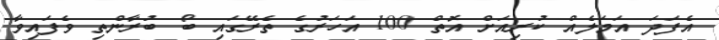
އެފަދަ އަމަލެއް ކުރިއަށް އޮތް 100 އަހަރުގެ ތެރޭގައި ބޯ ބުރާންތި ވެފައިވާ